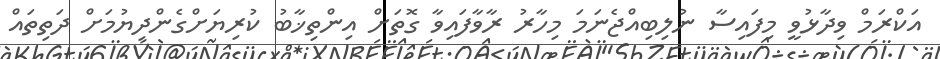
އަކްރަމް ވިދާޅުވީ މިފައިސާ ނުލިބިއްޖެނަމަ މިހާރު ރާވާފައިވާ ގޮތަށް އިންތިޚާބު ކުރިޔަށްގެންދިޔުމަށް ދަތިތައް